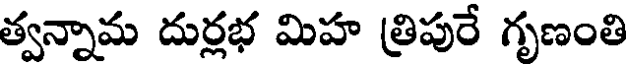
త్వన్నామ దుర్లభ మిహ త్రిపురే గృణంతి